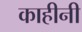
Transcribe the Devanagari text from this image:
काहीनी